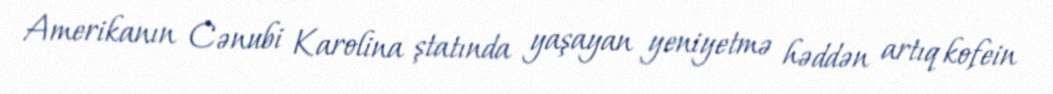
Amerikanın Cənubi Karolina ştatında yaşayan yeniyetmə həddən artıq kofein